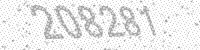
Solution: 208281